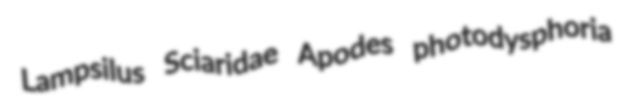
Lampsilus Sciaridae Apodes photodysphoria